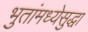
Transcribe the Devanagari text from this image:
भुतांमध्येसुद्धा